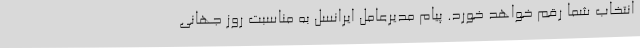
انتخاب شما رقم خواهد خورد. پیام مدیرعامل ایرانسل به مناسبت روز جهانی